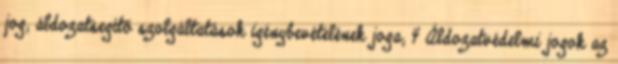
jog; áldozatsegítő szolgáltatások igénybevételének joga; 4 Áldozatvédelmi jogok az